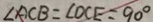
\angle A C B = \angle O C E = 9 0 ^ { \circ }